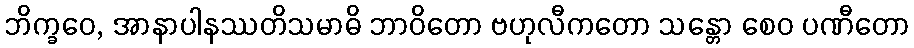
ဘိက္ခဝေ, အာနာပါနဿတိသမာဓိ ဘာဝိတော ဗဟုလီကတော သန္တော စေဝ ပဏီတော